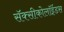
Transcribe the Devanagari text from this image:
सॅक्सीकोलॉईडस